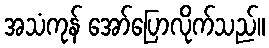
အသံကုန် အော်ပြောလိုက်သည်။